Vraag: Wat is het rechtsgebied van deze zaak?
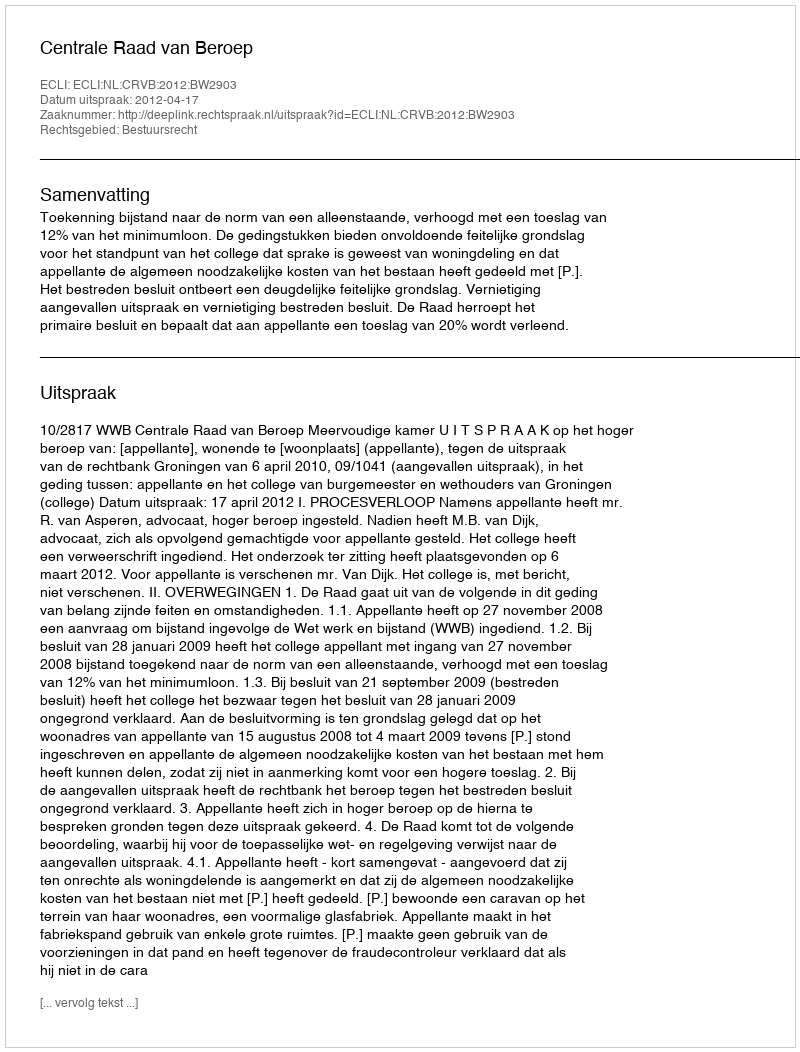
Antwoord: Bestuursrecht